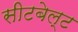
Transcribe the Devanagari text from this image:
सीटबेल्‍ट